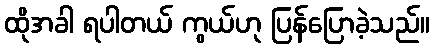
ထိုအခါ ရပါတယ် ကွယ်ဟု ပြန်ပြောခဲ့သည်။